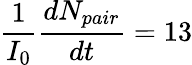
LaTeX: \frac{1}{I_{0}}\frac{dN_{pair}}{dt}=13